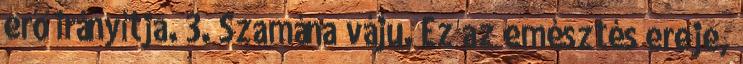
erő irányítja. 3. Szamána váju. Ez az emésztés ereje,